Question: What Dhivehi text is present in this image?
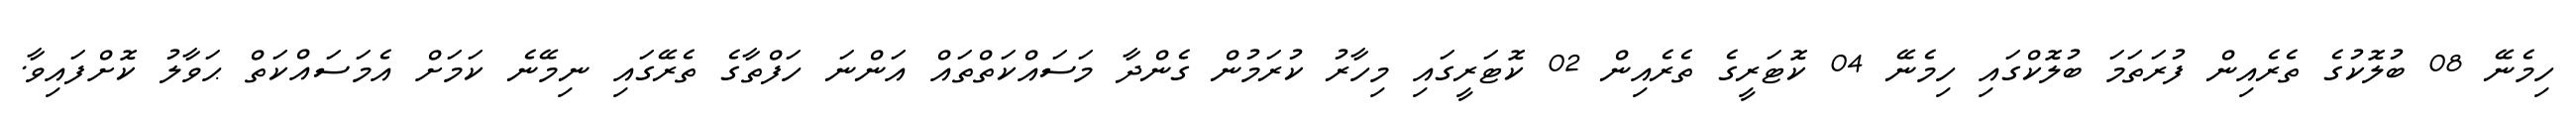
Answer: ހިމެނޭ 08 ބުލޮކުގެ ތެރެއިން ފުރަތަމަ ބުލޮކްގައި ހިމެނޭ 04 ކޮޓަރީގެ ތެރެއިން 02 ކޮޓަރީގައި މިހާރު ކުރަމުން ގެންދާ މަސައްކަތްތައް އަންނަ ހަފްތާގެ ތެރޭގައި ނިމޭނެ ކަމަށް އެމަސައްކަތް ޙަވާލު ކޮށްފައިވާ.